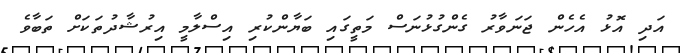
އަދި އޮޅު އެހެން ޖަނަވާރު ގެންގުޅުނަސް މަތީގައި ބަޔާންކުރި އިސްލާމީ އިރުޝާދުތަކަށް ތަބާވެ